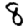
Digit: 8